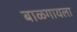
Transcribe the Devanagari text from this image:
बाळगायला